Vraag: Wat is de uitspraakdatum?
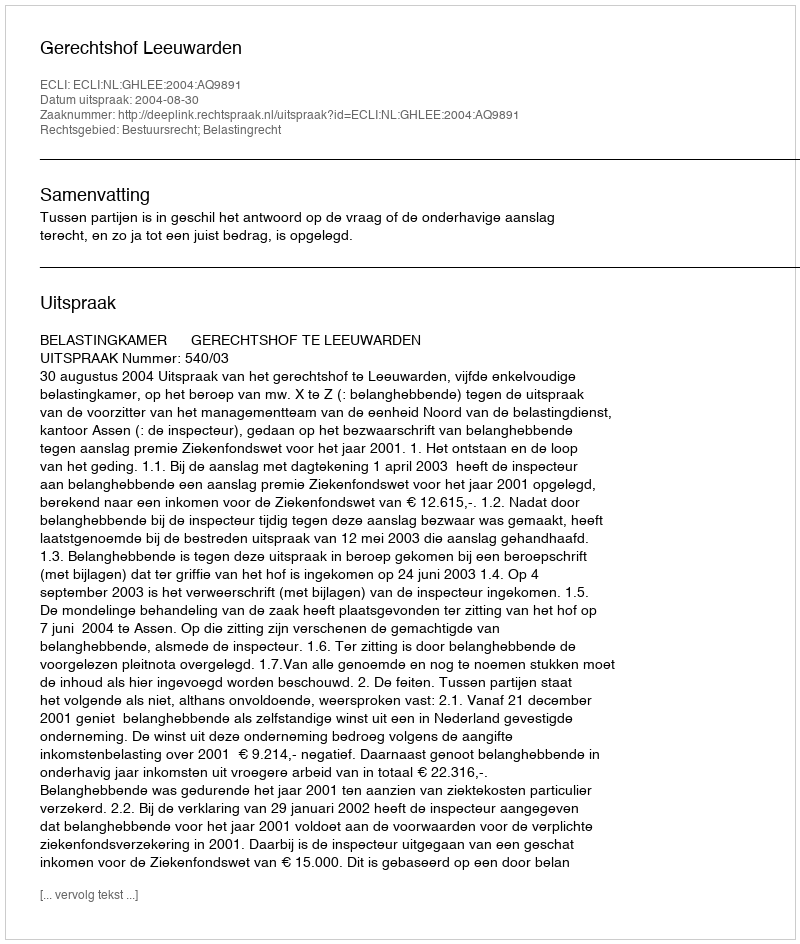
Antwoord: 2004-08-30